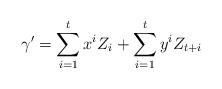
LaTeX: \begin{align*}\gamma'= \sum_{i=1}^{t}x^iZ_i + \sum_{i=1}^t y^i Z_{t +i} \end{align*}